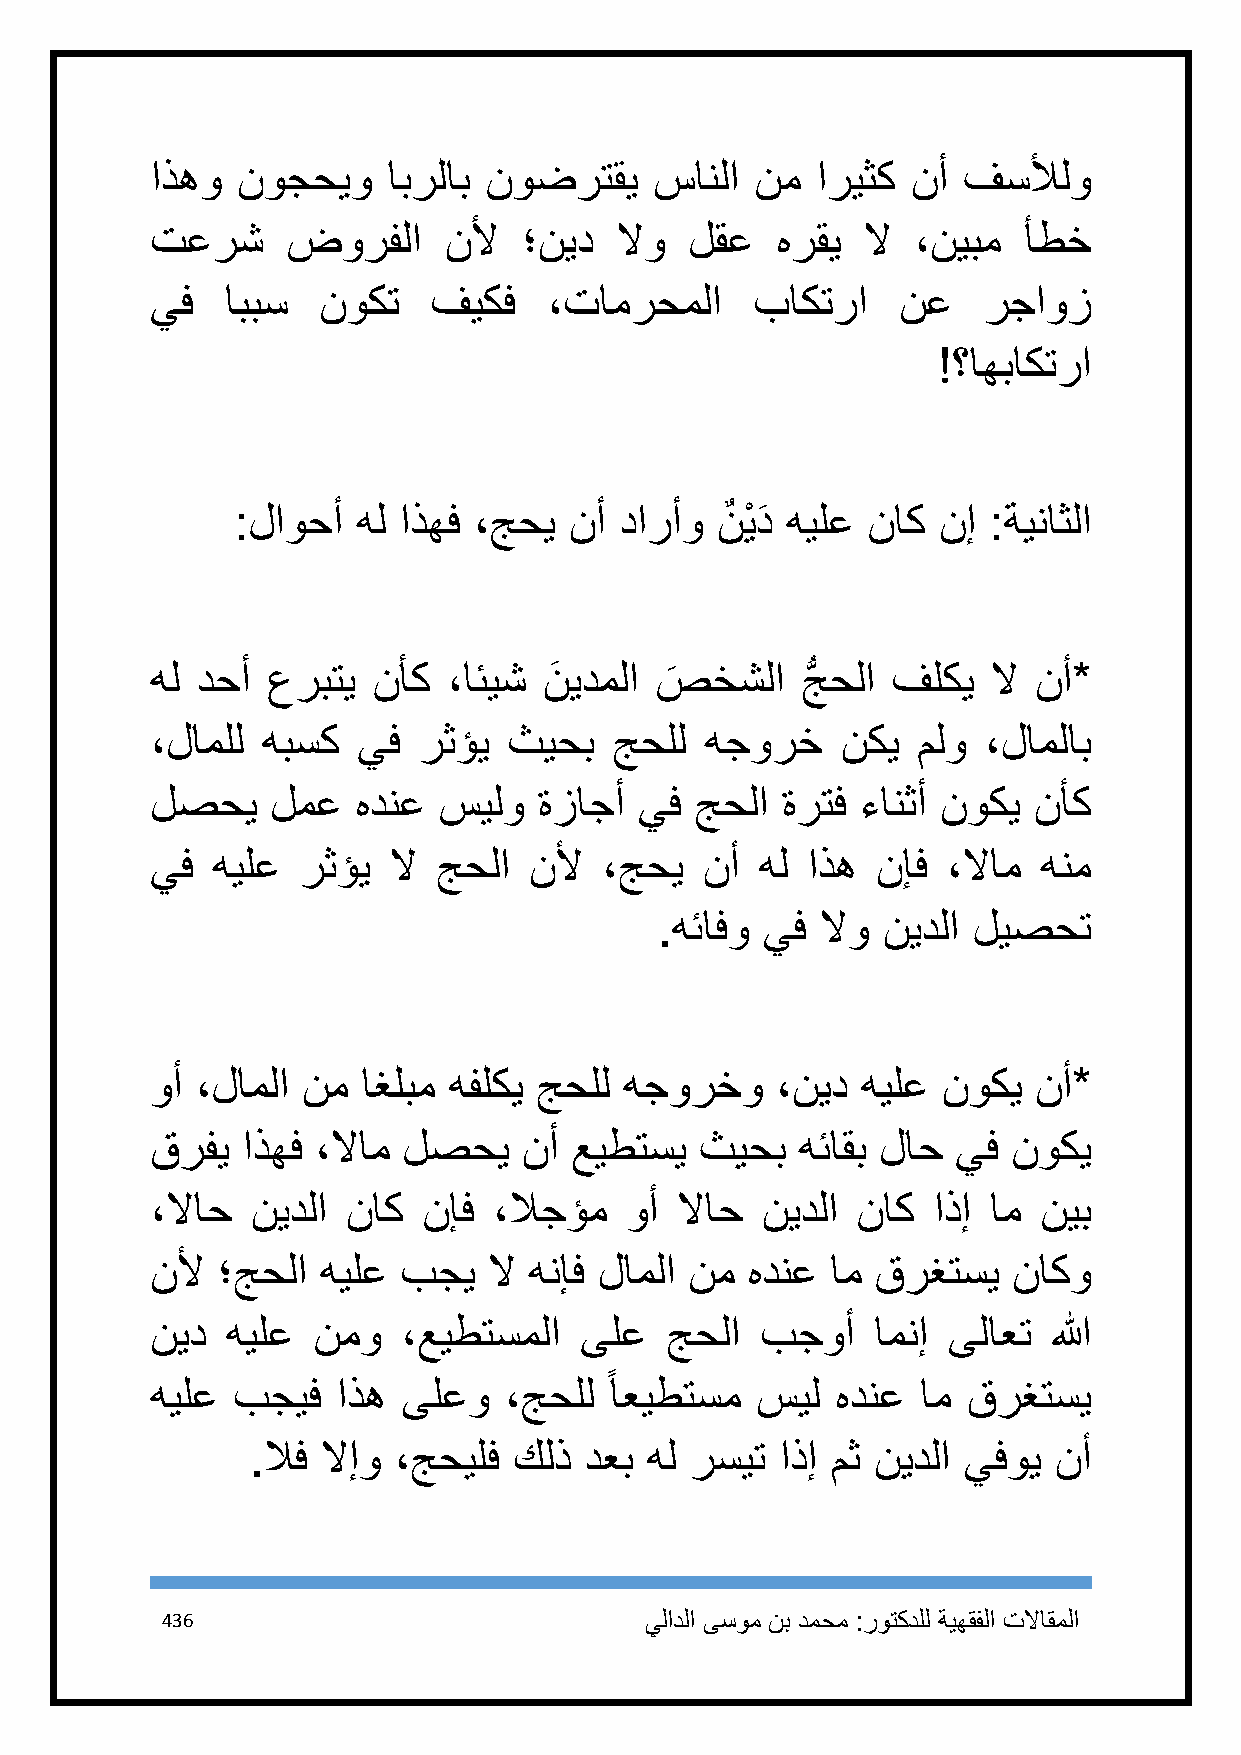
اذهو  نوجحيو    ابرلاب نوضرتقي   سانلا  نم  اريثك نأ  فسلألو
 تعرش     ضورفلا    نلأ   ؛نيد  لاو  لقع  هرقي  لا  ،نيبم  أطخ
 يف   اببس  نوكت    فيكف   ،تامرحملا     باكترا    نع   رجاوز
 !؟اهباكترا
 :لاوحأ  هل اذهف ،جحي  نأ دارأو نٌ يْ دَ هيلع ناك نإ :ةيناثلا
 هل دحأ  عربتي  نأك  ،ائيش نَ يدملا ص
 َ
 خشلا  جُّ حلا فلكي لا نأ*
 ،لاملل هبسك   يف  رثؤي  ثيحب   جحلل  هجورخ    نكي  ملو ،لاملاب
 لصحي    لمع   هدنع سيلو   ةزاجأ يف  جحلا  ةرتف ءانثأ نوكي نأك
 يف  هيلع  رثؤي  لا جحلا  نلأ  ،جحي   نأ هل اذه  نإف  ،لاام هنم
 .هئافو يف لاو نيدلا ليصحت
 وأ ،لاملا نم  اغلبم هفلكي جحلل هجورخو    ،نيد  هيلع نوكي   نأ*
 قرفي  اذهف ،لاام لصحي    نأ عيطتسي  ثيحب   هئاقب لاح يف  نوكي
 ،لااح  نيدلا ناك  نإف  ،لاجؤم  وأ  لااح نيدلا  ناك  اذإ ام نيب
 نلأ ؛جحلا  هيلع  بجي  لا هنإف لاملا نم هدنع  ام قرغتسي   ناكو
 نيد  هيلع  نمو   ،عيطتسملا  ىلع   جحلا  بجوأ    امنإ ىلاعت  الله
 ً
 هيلع بجيف   اذه  ىلعو  ،جحلل  اعيطتسم   سيل  هدنع  ام قرغتسي
 .لاف لاإو ،جحيلف كلذ  دعب هل رسيت  اذإ مث نيدلا يفوي نأ
 436                             يلادلا ىسوم نب دمحم :روتكدلل ةيهقفلا تلااقملا